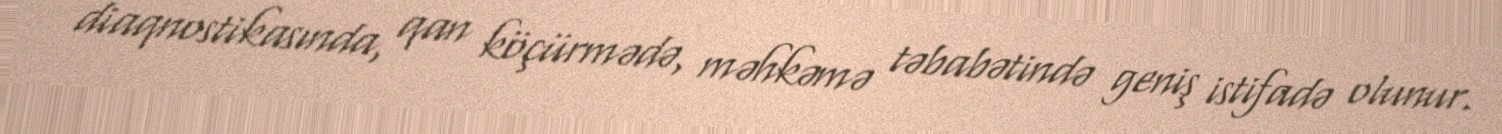
diaqnostikasında, qan köçürmədə, məhkəmə təbabətində geniş istifadə olunur.